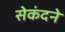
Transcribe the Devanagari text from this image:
सेकंदने